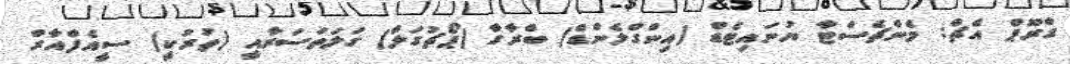
ގްރޫޕް އެޗް: މެންޗެސްޓާ ޔުނައިޓެޑް (އިންގްލެންޑް) ބްރާގާ (ޕޯޗުގަލް) ގަލަތަސަރާއީ (ތުރުކީ) ސީއެފްއާރް